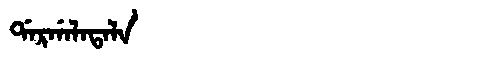
Manchu: ᡩᠠᡵᡤᠠᠯᠠᡨᠠᠯᠠ
Romanization: DARGALATALA